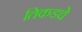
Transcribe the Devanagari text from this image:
तिकडचे